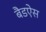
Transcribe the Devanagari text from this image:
बैडऐस